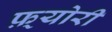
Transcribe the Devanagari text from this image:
फ़्योरी